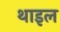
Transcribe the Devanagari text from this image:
थाइल